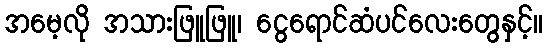
အမေ့လို အသားဖြူဖြူ၊ ငွေရောင်ဆံပင်လေးတွေနှင့်။